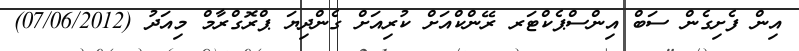
އިން ފެށިގެން ސަބް އިންސްޕެކްޓަރ ރޭންކްއަށް ކުރިއަށް ގެންދިޔަ ޕްރޮގްރާމް މިއަދު (07/06/2012)